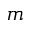
m